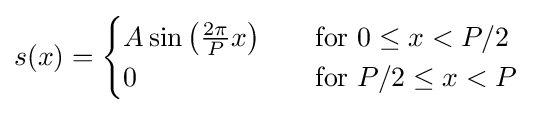
s(x)={\begin{cases}A\sin \left({\frac {2\pi }{P}}x\right)&\quad {\text{for }}0\leq x<P/2\\0&\quad {\text{for }}P/2\leq x<P\\\end{cases}}